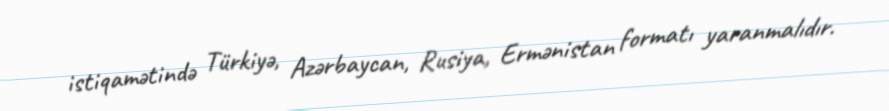
istiqamətində Türkiyə, Azərbaycan, Rusiya, Ermənistan formatı yaranmalıdır.